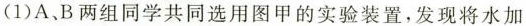
(1)A、B两组同学共同选用图甲的实验装置，发现将水加